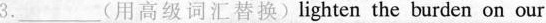
3.___（用高级词汇替换）lighten the burden on our